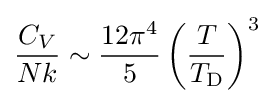
{\frac {C_{V}}{Nk}}\sim {12\pi ^{4} \over 5}\left({T \over T_{\rm {D}}}\right)^{3}